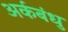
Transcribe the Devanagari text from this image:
अर्कबंधु